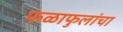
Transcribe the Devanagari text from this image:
फळाफुलांचा